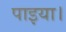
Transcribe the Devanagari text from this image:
पाइया।